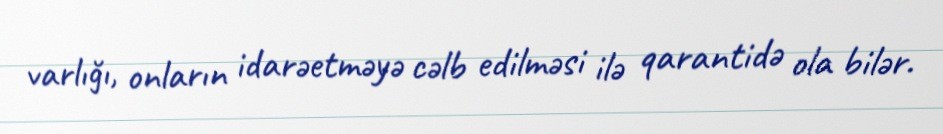
varlığı, onların idarəetməyə cəlb edilməsi ilə qarantidə ola bilər.